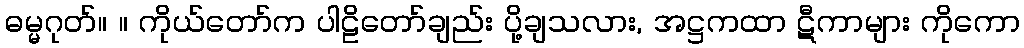
ဓမ္မဂုတ်။ ။ ကိုယ်တော်က ပါဠိတော်ချည်း ပို့ချသလား, အဋ္ဌကထာ ဋီကာများ ကိုကော